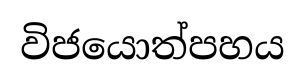
විජයොත්පහය